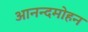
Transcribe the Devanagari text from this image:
आनन्दमोहन